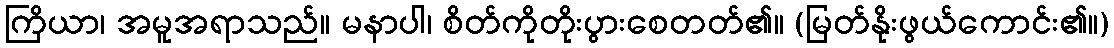
ကြိယာ၊ အမူအရာသည်။ မနာပါ၊ စိတ်ကိုတိုးပွားစေတတ်၏။ (မြတ်နိုးဖွယ်ကောင်း၏။)